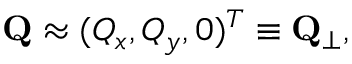
\mathbf { Q } \approx ( Q _ { x } , Q _ { y } , 0 ) ^ { T } \equiv \mathbf { Q } _ { \perp } ,